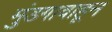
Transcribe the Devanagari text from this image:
मुंडगावाहून